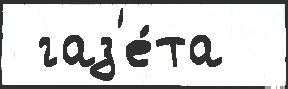
 газ'е́та